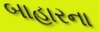
બાહારના